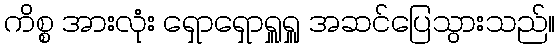
ကိစ္စ အားလုံး ရှောရှောရှူရှူ အဆင်ပြေသွားသည်။